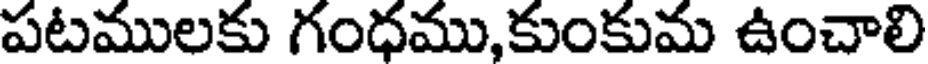
పటములకు గంధము,కుంకుమ ఉంచాలి